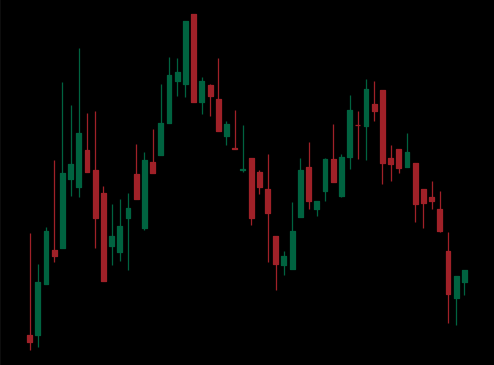
Pattern: head_shoulders